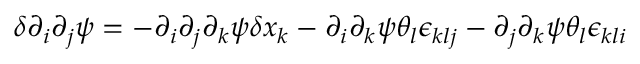
\delta \partial _ { i } \partial _ { j } \psi = - \partial _ { i } \partial _ { j } \partial _ { k } \psi \delta x _ { k } - \partial _ { i } \partial _ { k } \psi \theta _ { l } \epsilon _ { k l j } - \partial _ { j } \partial _ { k } \psi \theta _ { l } \epsilon _ { k l i }